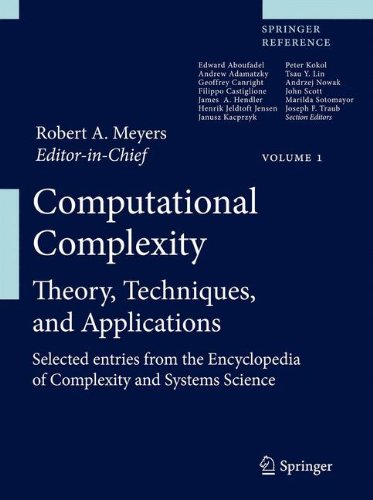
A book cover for Computational Complexity: Theory, Techniques, and Applications; Computers & Technology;